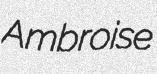
Ambroise